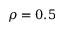
\rho = 0 . 5